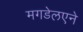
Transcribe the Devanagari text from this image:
मगडेलएने